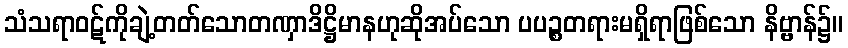
သံသရာဝဋ်ကိုချဲ့တတ်သောတဏှာဒိဋ္ဌိမာနဟုဆိုအပ်သော ပပဉ္စတရားမရှိရာဖြစ်သော နိဗ္ဗာန်၌။